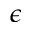
\epsilon